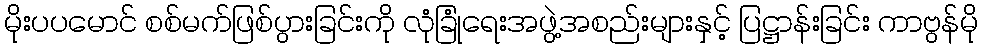
မိုးပပမောင် စစ်မက်ဖြစ်ပွားခြင်းကို လုံခြုံရေးအဖွဲ့အစည်းများနှင့် ပြဋ္ဌာန်းခြင်း ကာဗွန်မို